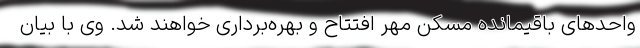
واحدهای باقیمانده مسکن مهر افتتاح و بهره‌برداری خواهند شد. وی با بیان